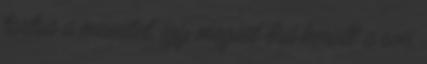
tartsa a menetet, így megint őrá került a sor,